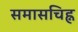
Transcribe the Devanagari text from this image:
समासचिह्न